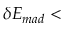
\delta { } E _ { m a d } <